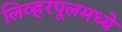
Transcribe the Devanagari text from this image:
लिव्हरपूलमध्ये